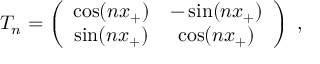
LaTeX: T _ { n } = \left( \begin{array} { c c } { { \cos ( n x _ { + } ) } } & { { - \sin ( n x _ { + } ) } } \\ { { \sin ( n x _ { + } ) } } & { { \cos ( n x _ { + } ) } } \end{array} \right) \, \, ,